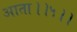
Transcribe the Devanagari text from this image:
आता।।५।।